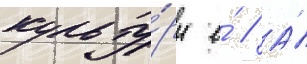
культу́ры е́ // А́